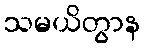
သမယိတွာန